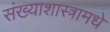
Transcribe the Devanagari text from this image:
संख्याशास्त्रामधे